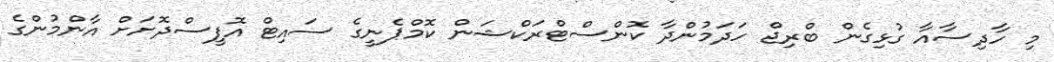
މި ހާދިސާއާ ގުޅިގެން ބްރިޖް ހަދަމުންދާ ކޮންސްޓްރަކްޝަން ކޮމްޕެނީގެ ސައިޓް އޮފީސްދޮށަށް އާންމުންގެ